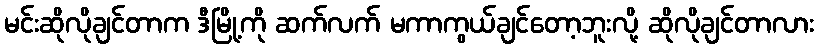
မင်းဆိုလိုချင်တာက ဒီမြို့ကို ဆက်လက် မကာကွယ်ချင်တော့ဘူးလို့ ဆိုလိုချင်တာလား